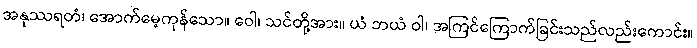
အနုဿရတံ၊ အောက်မေ့ကုန်သော။ ဝေါ၊ သင်တို့အား။ ယံ ဘယံ ဝါ၊ အကြင်ကြောက်ခြင်းသည်လည်းကောင်း။